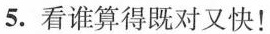
5.看谁算得既对又快！